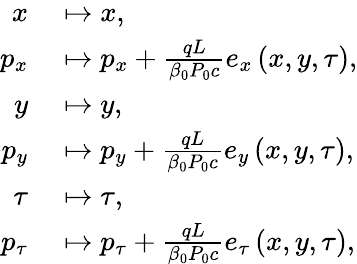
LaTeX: \begin{array}{rl}{x}&{{}\mapsto x,}\\ {p_{x}}&{{}\mapsto p_{x}+\frac{qL}{\beta_{0}P_{0}c}e_{x}\left(x,y,\tau\right),}\\ {y}&{{}\mapsto y,}\\ {p_{y}}&{{}\mapsto p_{y}+\frac{qL}{\beta_{0}P_{0}c}e_{y}\left(x,y,\tau\right),}\\ {\tau}&{{}\mapsto\tau,}\\ {p_{\tau}}&{{}\mapsto p_{\tau}+\frac{qL}{\beta_{0}P_{0}c}e_{\tau}\left(x,y,\tau\right),}\end{array}